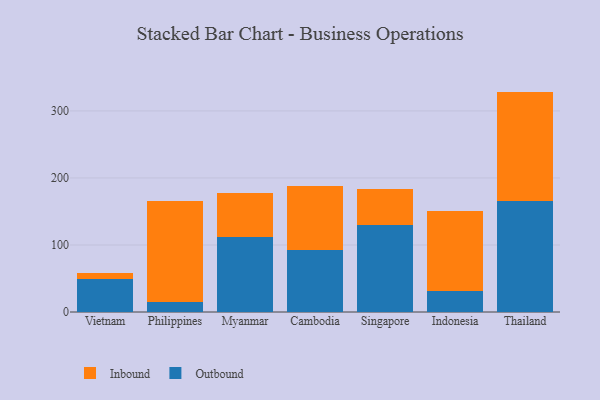
{"axis": {"x": "Country", "y": "Churn Rate (%)"}, "legend": ["Inbound", "Outbound"], "data": [{"x": "Vietnam", "y": 49.8, "type": "Outbound"}, {"x": "Vietnam", "y": 8.5, "type": "Inbound"}, {"x": "Philippines", "y": 15.1, "type": "Outbound"}, {"x": "Philippines", "y": 149.9, "type": "Inbound"}, {"x": "Myanmar", "y": 111.6, "type": "Outbound"}, {"x": "Myanmar", "y": 66.6, "type": "Inbound"}, {"x": "Cambodia", "y": 93.0, "type": "Outbound"}, {"x": "Cambodia", "y": 95.7, "type": "Inbound"}, {"x": "Singapore", "y": 130.0, "type": "Outbound"}, {"x": "Singapore", "y": 53.4, "type": "Inbound"}, {"x": "Indonesia", "y": 31.6, "type": "Outbound"}, {"x": "Indonesia", "y": 118.7, "type": "Inbound"}, {"x": "Thailand", "y": 166.0, "type": "Outbound"}, {"x": "Thailand", "y": 162.8, "type": "Inbound"}]}